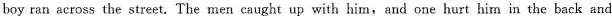
boy ran across the street. The men caught up with him,and one hurt him in the back and